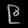
Digit: ၉